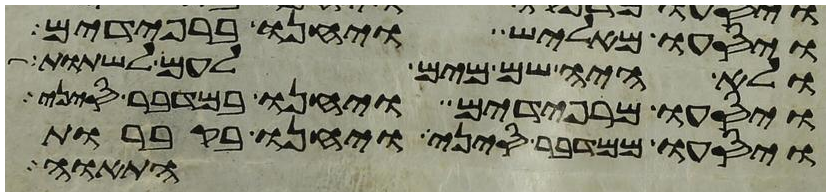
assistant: ויסעו מאליש ויחנו ברפידים
ולא היה שם מים לעם לשתות
ויסעו מרפידים ויחנו במדבר סיני
ויסעו ממדבר סיני ויחנו בקברות
התאוה